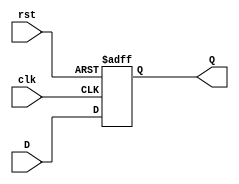
module stage_register #(
    parameter DATA_WIDTH = 8  // Parameter to define the width of the data
)(
    input wire clk,            // Clock input
    input wire rst,            // Asynchronous reset input
    input wire [DATA_WIDTH-1:0] D, // Data input
    output reg [DATA_WIDTH-1:0] Q  // Data output
);

// Always block for sequential logic
always @(posedge clk or posedge rst) begin
    if (rst) begin
        // Asynchronous reset
        Q <= {DATA_WIDTH{1'b0}}; // Set output to all zeros
    end else begin
        // Capture data on rising edge of clock
        Q <= D; // Transfer input D to output Q
    end
end

endmodule